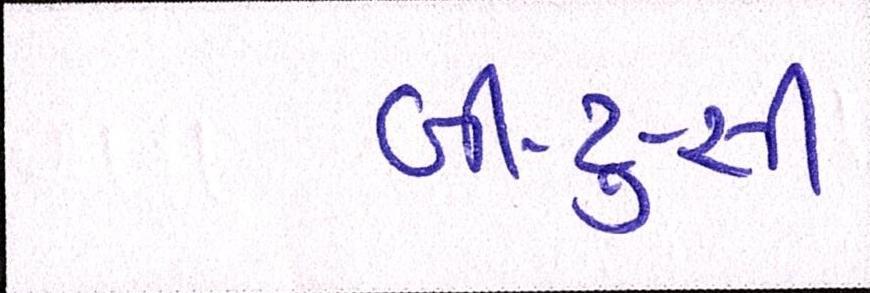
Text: બી-ટુ-સી